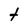
Character: t